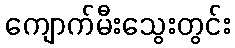
ကျောက်မီးသွေးတွင်း